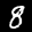
Label: 8